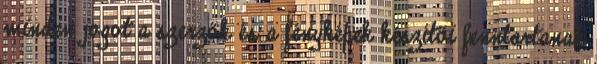
minden jogot a szerzők és a fényképek készítői fenntartanak